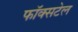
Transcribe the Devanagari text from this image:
फॉक्‍सटेल